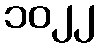
၁၀၂၂